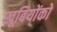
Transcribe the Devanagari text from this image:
खूबियोंको